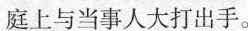
庭上与当事人大打出手。